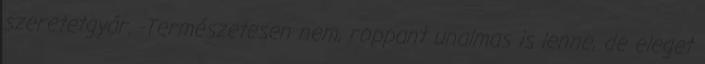
szeretetgyár. -Természetesen nem, roppant unalmas is lenne, de eleget